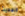
الحديث